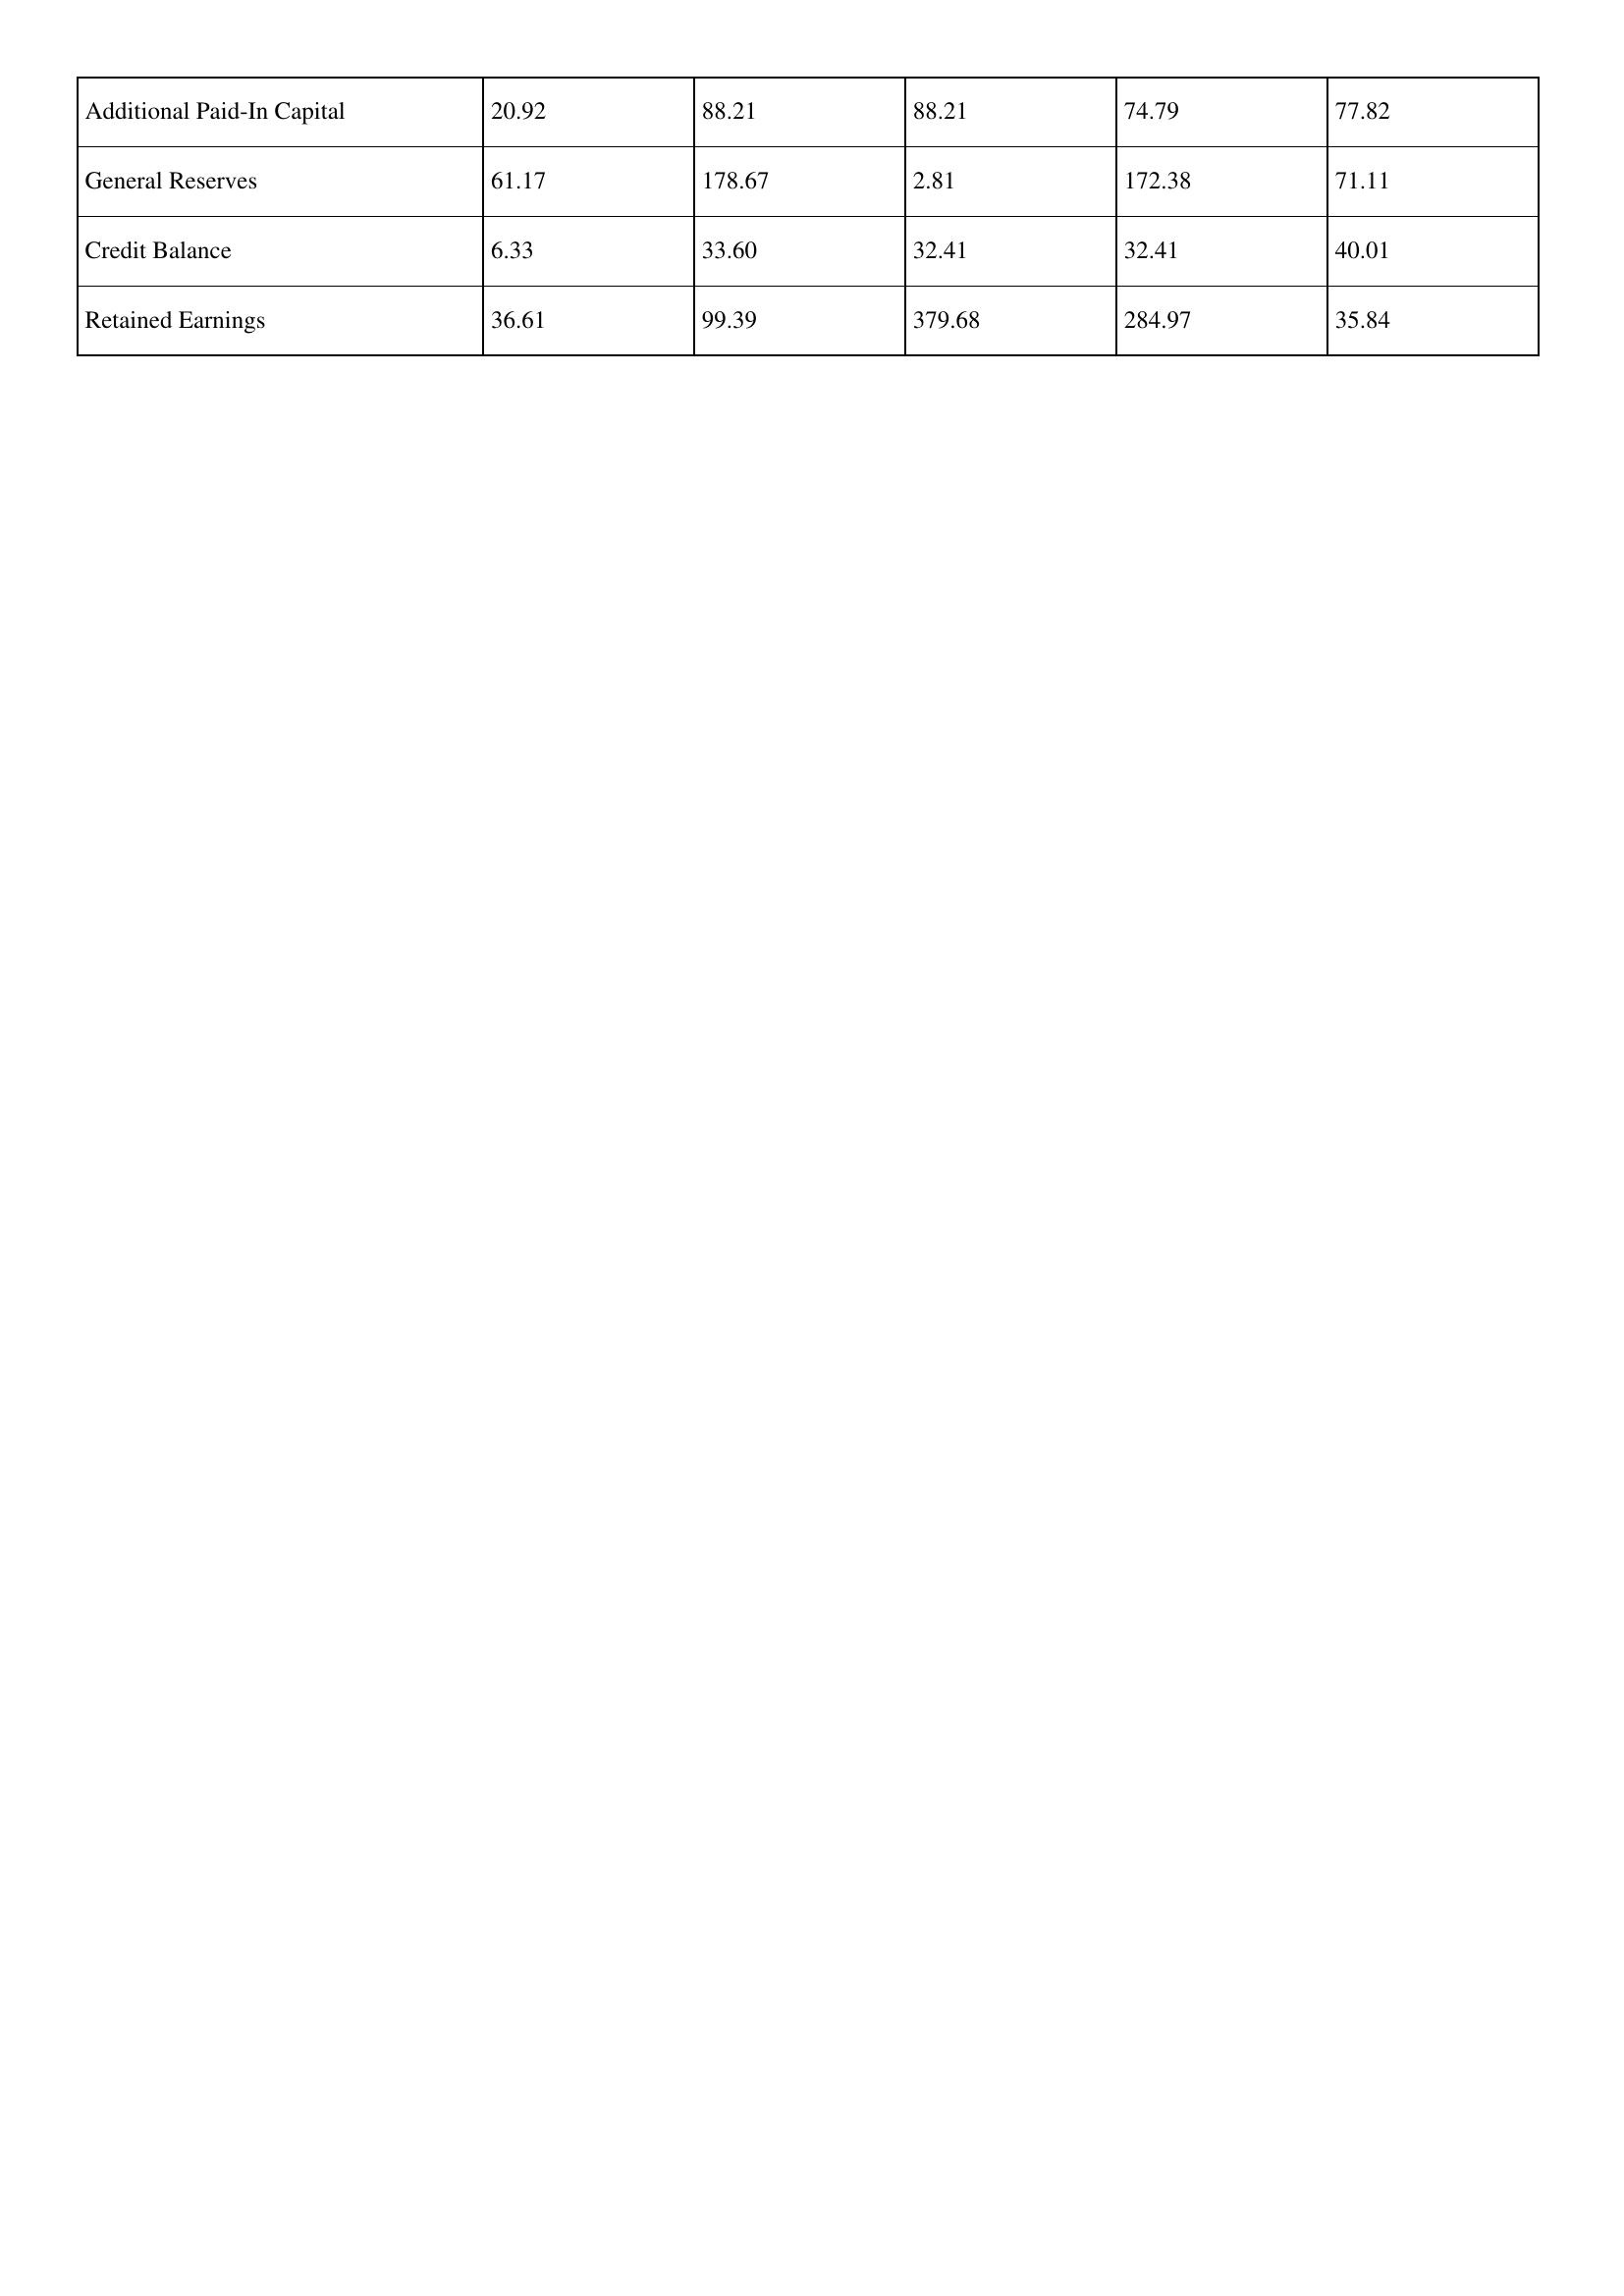
gt_parse: 2008: Additional Paid-In Capital: 20.92
General Reserves: 61.17
Credit Balance: 6.33
Retained Earnings: 36.61
2007: Additional Paid-In Capital: 88.21
General Reserves: 178.67
Credit Balance: 33.60
Retained Earnings: 99.39
2006: Additional Paid-In Capital: 88.21
General Reserves: 2.81
Credit Balance: 32.41
Retained Earnings: 379.68
2005: Additional Paid-In Capital: 74.79
General Reserves: 172.38
Credit Balance: 32.41
Retained Earnings: 284.97
2004: Additional Paid-In Capital: 77.82
General Reserves: 71.11
Credit Balance: 40.01
Retained Earnings: 35.84